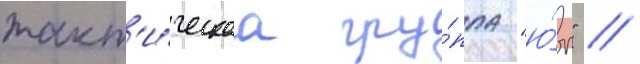
такт'и́ческаа гру́ппа "ю́г" //